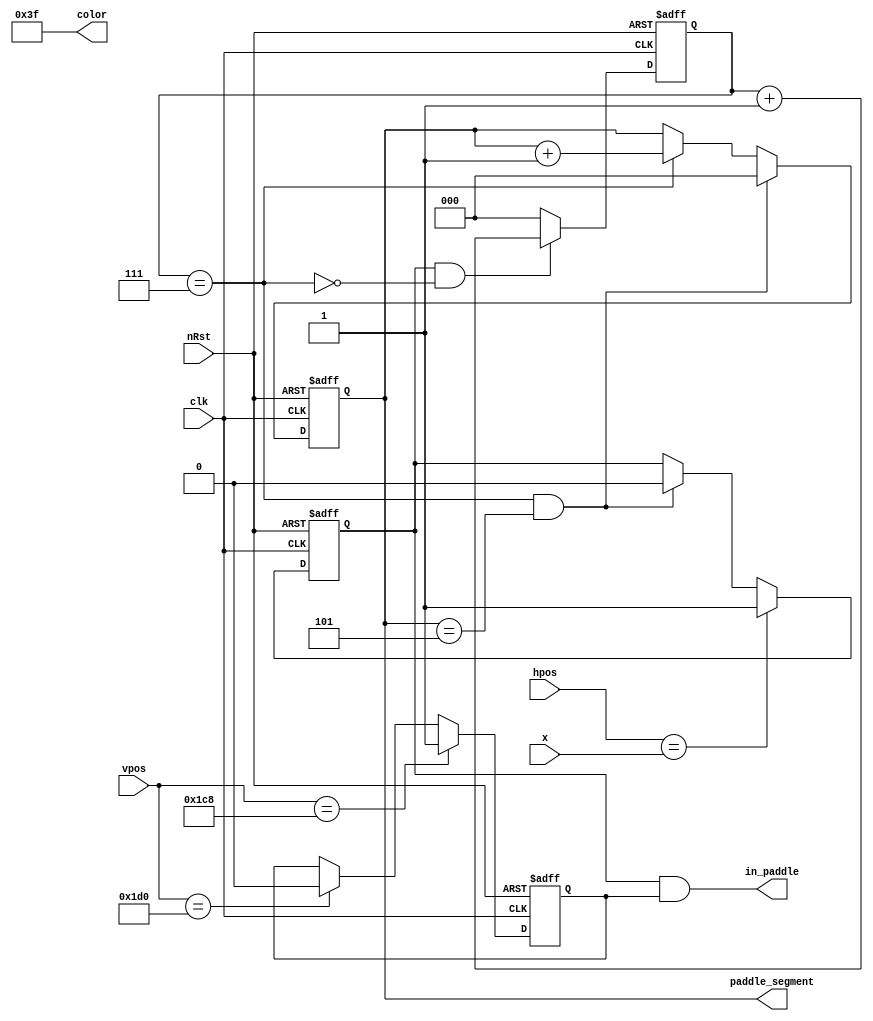
`timescale 1ns / 1ps
//////////////////////////////////////////////////////////////////////////////////
// Company:
// Engineer:
//
// Design Name:
// Module Name: paddle_drawer
// Project Name:
// Target Devices:
// Tool Versions:
// Description:
//
// Dependencies:
//
// Revision:
// Revision 0.01 - File Created
// Additional Comments:
//
//////////////////////////////////////////////////////////////////////////////////


module p18_paddle_painter #(
    //                          BBGGRR
    parameter PADDLE_COLOR = 6'b111111,
    parameter PADDLE_SEGMENT_WIDTH = 8,
    parameter PADDLE_NUM_SEGMENTS = 6,
    parameter PADDLE_HEIGHT = 9'd8,
    parameter PADDLE_Y =  9'd456
) (
    input clk,
    input nRst,
    output in_paddle,
    output [5:0] color,
    input [9:0] hpos,
    input [8:0] vpos,
    input [9:0] x,
    output [2:0] paddle_segment
    );

    reg in_paddle_x;
    reg [2:0] paddle_segment_x;
    reg [2:0] paddle_segment_cnt;
    wire paddle_x_start = hpos == x;
    wire paddle_segment_end = paddle_segment_x == PADDLE_SEGMENT_WIDTH - 1;
    wire paddle_x_end = paddle_segment_end && paddle_segment_cnt == PADDLE_NUM_SEGMENTS - 1;
    assign paddle_segment = paddle_segment_cnt;

    // Paddle segment position counter
    always @(posedge clk or negedge nRst)
    begin
        if(!nRst) begin
            paddle_segment_x <= 0;
        end else begin
            if(in_paddle_x && !paddle_segment_end) begin
                paddle_segment_x <= paddle_segment_x + 1'b1;
            end else begin
                paddle_segment_x <= 0;
            end
        end
    end

    // Paddle segment counter
    always @(posedge clk or negedge nRst)
    begin
        if(!nRst) begin
            paddle_segment_cnt <= 0;
        end else begin
            if(paddle_x_end) begin
                paddle_segment_cnt <= 0;
            end else if(paddle_segment_end) begin
                paddle_segment_cnt <= paddle_segment_cnt + 1'b1;
            end
        end
    end

    // Are we in the paddle?
    always @(posedge clk or negedge nRst)
    begin
        if(!nRst) begin
            in_paddle_x <= 0;
        end else begin
            if(paddle_x_start) begin
                in_paddle_x <= 1;
            end else if(paddle_x_end) begin
                in_paddle_x <= 0;
            end
        end
    end

    reg in_paddle_y;
    wire in_paddle_y_start = vpos == PADDLE_Y;
    wire in_paddle_y_end = vpos == PADDLE_Y + PADDLE_HEIGHT;
    always @(posedge clk or negedge nRst)
    begin
        if(!nRst) begin
            in_paddle_y <= 0;
        end else begin
            if(in_paddle_y_start) begin
                in_paddle_y <= 1;
            end else if(in_paddle_y_end) begin
                in_paddle_y <= 0;
            end
        end
    end

    assign color = PADDLE_COLOR;
    assign in_paddle = in_paddle_x && in_paddle_y;
endmodule